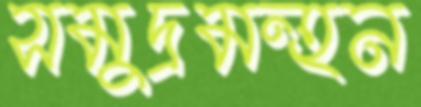
সমুদ্রমন্হন